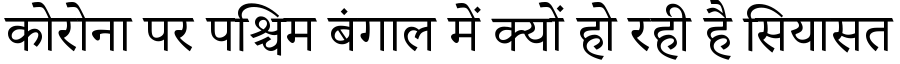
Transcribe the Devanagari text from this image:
कोरोना पर पश्चिम बंगाल में क्यों हो रही है सियासत